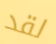
لقد